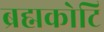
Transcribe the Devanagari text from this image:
ब्रह्मकोटि